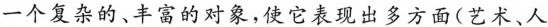
一个复杂的、丰富的对象，使它表现出多方面(艺术、人